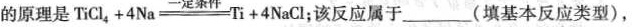
的原理是$$T i